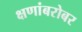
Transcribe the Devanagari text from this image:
क्षणांबरोबर